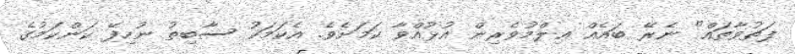
ފަތުވާތައް" ނެރޭ ބައެއް ޢިލްމުވެރިން އުޅުއްވާ ކަމަށެވެ. އެކަމަކު ސާބިތު ނުހިފޭ ކަންކަމުގެ